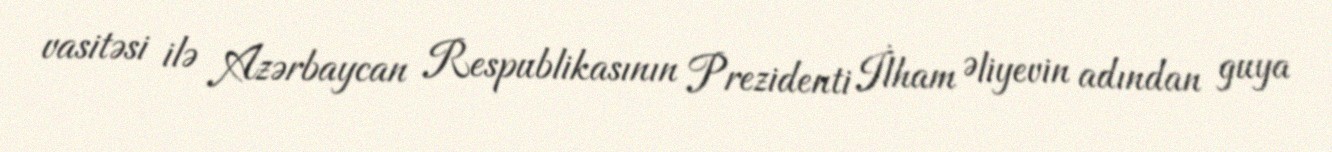
vasitəsi ilə Azərbaycan Respublikasının Prezidenti İlham Əliyevin adından guya